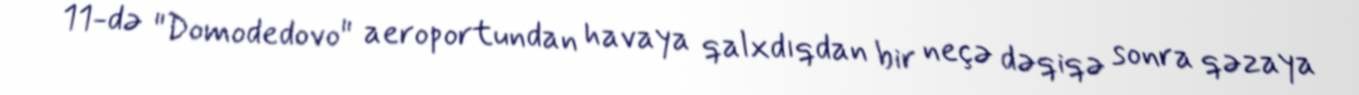
11-də "Domodedovo" aeroportundan havaya qalxdıqdan bir neçə dəqiqə sonra qəzaya